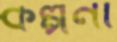
কল্পনা